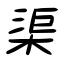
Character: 渠